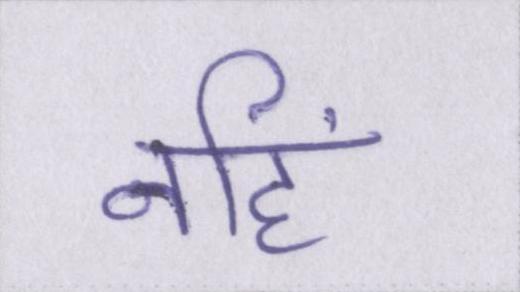
नहिं